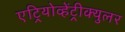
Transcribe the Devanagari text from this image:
एट्रियोव्हेंट्रीक्युलर